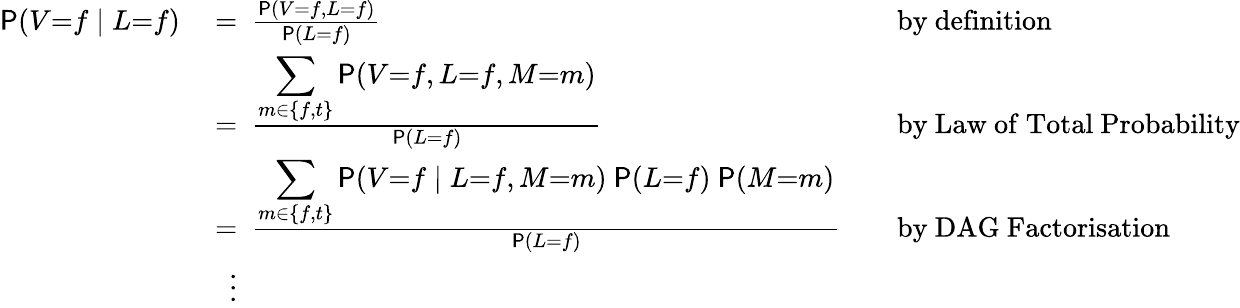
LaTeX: \begin{array}{rlrl}{\mathsf P(V{=}f\mid L{=}f)~}&{=~\frac{\mathsf P(V{=}f,L{=}f)}{\mathsf P(L{=}f)}}&&{\mathrm{by~definition}}\\ &{=~\frac{\displaystyle\sum_{m\in\{ f,t\} }\mathsf P(V{=}f,L{=}f,M{=}m)}{\mathsf P(L{=}f)}}&&{\mathrm{by~Law~of~Total~Probability}}\\ &{=~\frac{\displaystyle\sum_{m\in\{ f,t\} }\mathsf P(V{=}f\mid L{=}f,M{=}m)~\mathsf P(L{=}f)~\mathsf P(M{=}m)}{\mathsf P(L{=}f)}}&&{\mathrm{by~DAG~Factorisation}}\\ &{~~\vdots}\end{array}